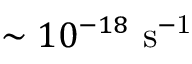
\sim 1 0 ^ { - 1 8 } \ \mathrm { s ^ { - 1 } }